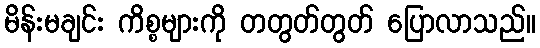
မိန်းမချင်း ကိစ္စများကို တတွတ်တွတ် ပြောလာသည်။